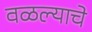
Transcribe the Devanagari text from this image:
वळल्याचे